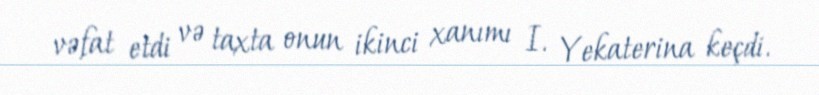
vəfat etdi və taxta onun ikinci xanımı I. Yekaterina keçdi.